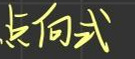
点向式